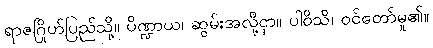
ရာဇဂြိုဟ်ပြည်သို့။ ပိဏ္ဍာယ၊ ဆွမ်းအလို့ငှာ။ ပါဝိသိ၊ ဝင်တော်မူ၏။